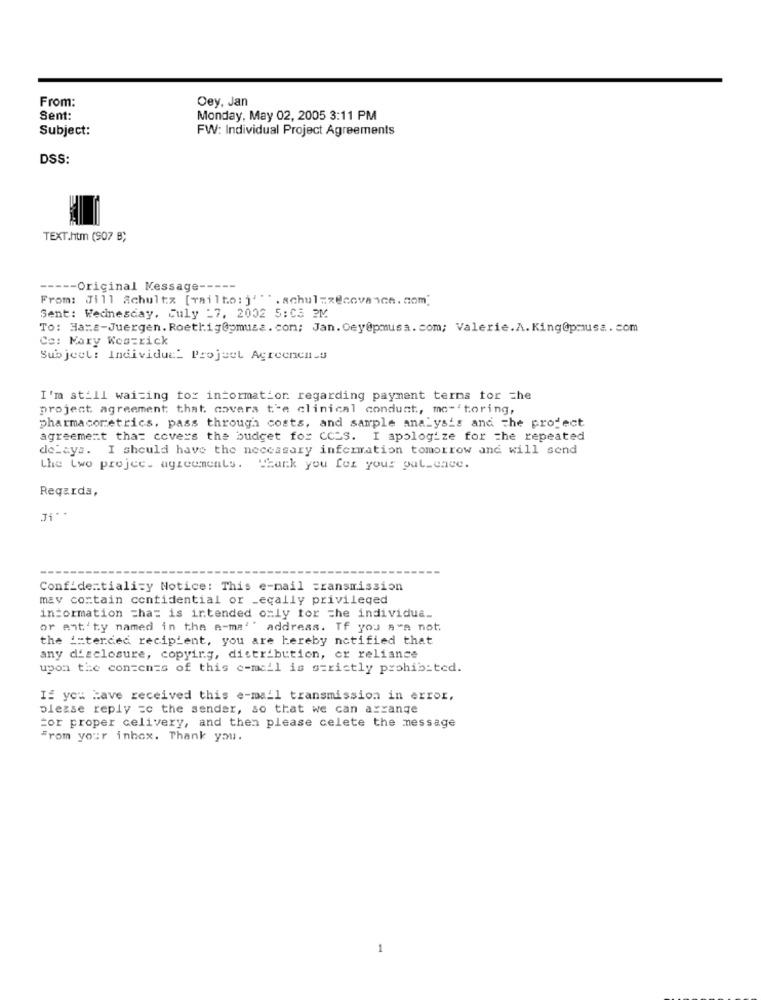
From:
Oey, Jan
Sent:
Monday, May 02, 2005 3:11 PM
Subject:
FW: Individual Project Agreements
DSS:
TEXT.htm (907 B;
----- Original Message -----
From: Jill Schultz [railto: j'"". schulzzecovance.com]
Sent: Wednesday, July -7, 2002 5:03 2M
To: Ha=s-Juergen. Roetlig@pmusa. com; Jan. Cey0pmusa. com; Valerie.A. King@pmusa. com
Co: Mary Westrick
Subject: Individue_ Project Agreenensu
I'm still waiting to: information regarding payment terms tor che
project agreement that covers t'e clinical conduct, mc-"toring,
pharmacoretrics. pass through costs, and sample analysis and the project
agreement that covers the budget for CCES. I apologize for the repeated
delays. I should have the necessary information tomorrow and will send
the Lwo projec. agreements. Thank you for your pul ence.
Regards,
Confidentiality Notice: This e-mail =ransmission
may contain confidential or _ecally privileged
information =ha= is intended only for the individua_
or ant'ty named in the a-ma'' address. If you are not
the i=terded recipient, you are hereby notified that
any disclosure, copying, distribution, or reliance
upon the contents of this e-mail is strictly prohibited.
If you Have received this e-mail transmission in error,
please reply =c the sender, so that we can arrange
For proper celivery, and then please celete the message
From your inbox. Thank you.